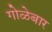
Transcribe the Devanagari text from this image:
गोळेबार